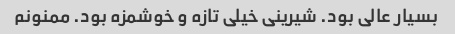
بسیار عالی بود. شیرینی خیلی تازه و خوشمزه بود. ممنونم